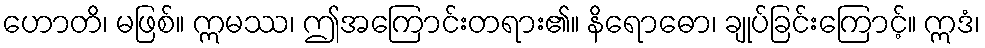
ဟောတိ၊ မဖြစ်။ ဣမဿ၊ ဤအကြောင်းတရား၏။ နိရောဓော၊ ချုပ်ခြင်းကြောင့်။ ဣဒံ၊